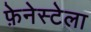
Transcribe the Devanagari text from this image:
फ़ेनेस्टेला